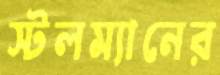
স্টলম্যানের